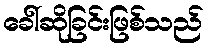
ခေါ်ဆိုခြင်းဖြစ်သည်